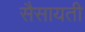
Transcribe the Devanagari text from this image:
सैसायती